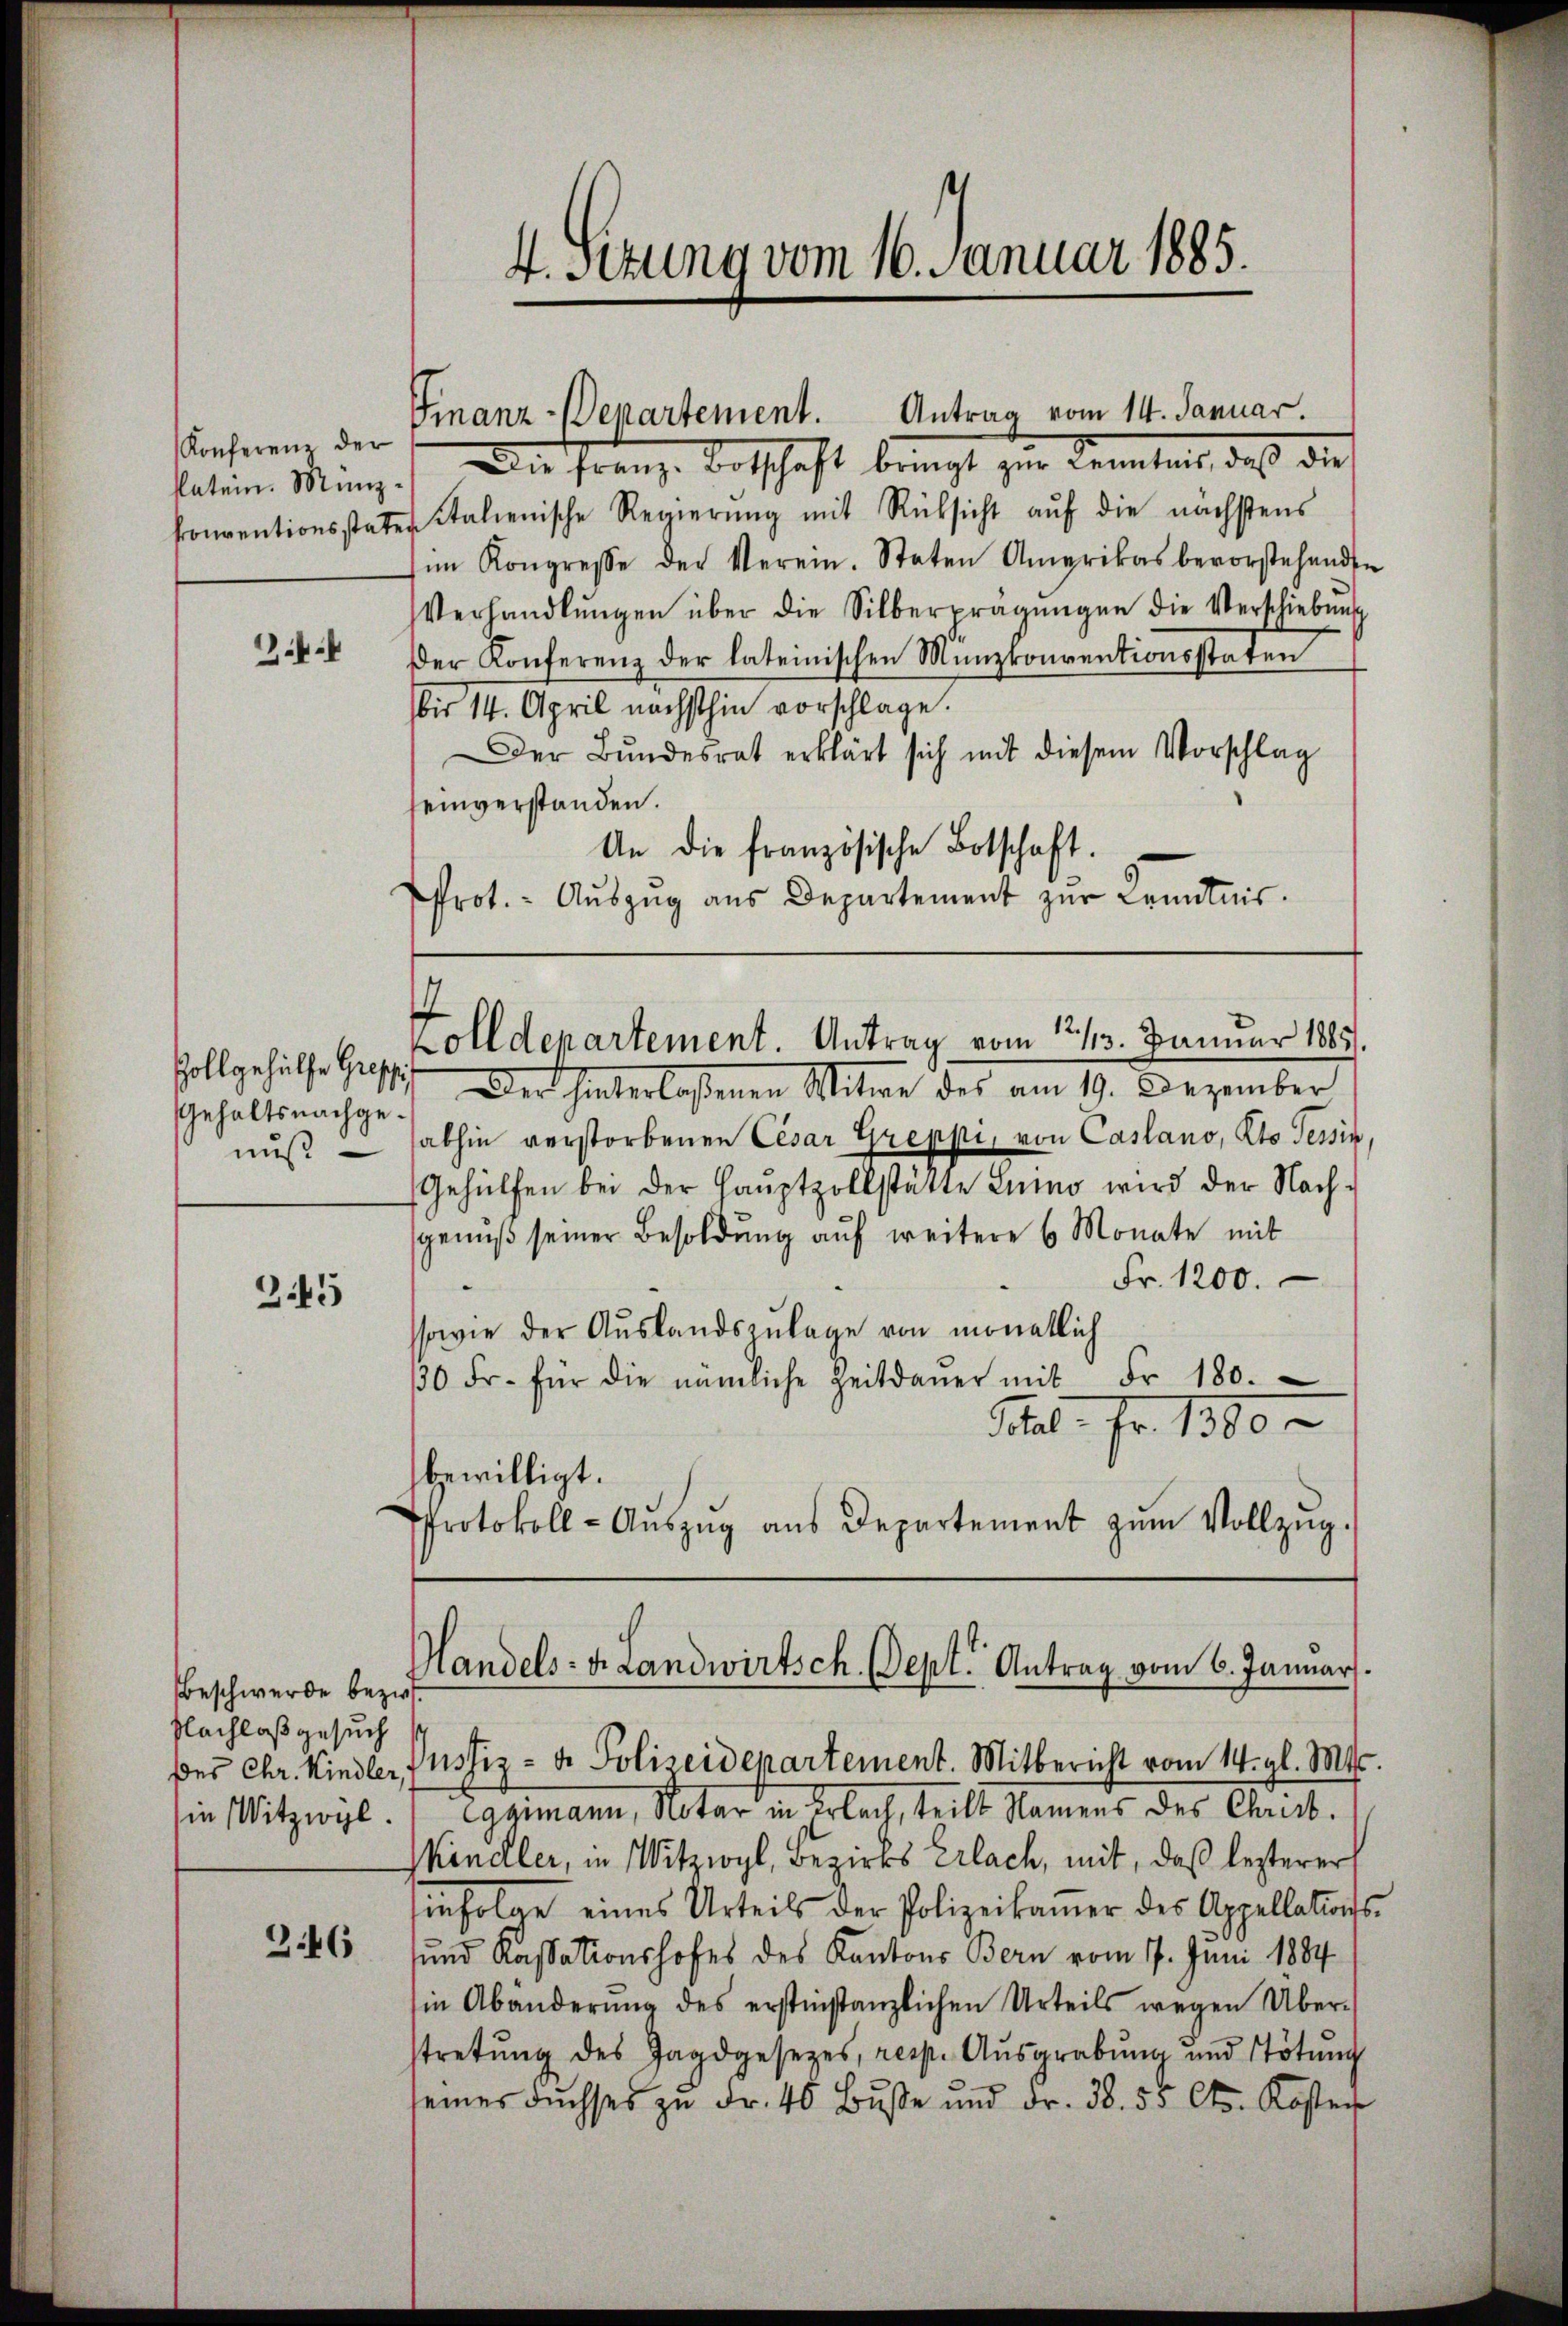
Konferenz der

2.4.

Zollgehülfe Gresp.
Gehaltsnachgenuß

245

Beschwerde bezirk
Flachlaß gesuch
des Chr. Kindler,
in Witzwyl.

346

4. Sitzung vom 16. Januar 1885.

Finanz-Departement. Antrag vom 14. Januar.

kation Ming. Die Franze Entschaft bringt zur Kenntnis, daß dies
Conventionsstates Italienische Regierŭng mit Rücksicht aŭf die nächstens
im Kongresse der Verein. Staten Amerikas bevorstehenden
Verhandlŭngen über die Silberpragŭngen die Verschiebŭng
Der Konferenz der lateinischen Münzkonventionsstaten
bis 14. April nächsthin vorschlage.
Der Bŭndesrat erklärt sich mit diesem Vorschlag
seinverstanden.
An die französische Botschaft.
Prot. - Aŭszŭg aŭs Departement zŭr Kenntnis.

olldepartement. Antrag vom 12./13. Januar 1885.

Der hinterlaßenen Witwe des am 19. Dezember
abhin verstorbenen Cesar Greppi, von Casano, Kts. Tessin,
Gehülfen bei der Hauptzollstätte Limo wird der Nach-
genuß seiner Besoldung auf weitere 6 Monate mit
Fr. 1200.
ssowie der Auslandszulage von monatlich
30 Fr. für die nämliche Zeitdaŭer mit Fr. 180.
Mal. Fr. 1380
bewilligt.
Protokoll- Aŭszŭg aŭs Departement zŭm Vollzŭg.

Handels-Brandwirtsch. Sept. Antrag vom 6. Januar.

Justiz- & Polizeidepartement. Mitbericht vom 14. gl. Mts.
ggmann, Notar in Erlach, teilt Namens des Christ.
kindler, in Witzwyl, Bezirks Erlach, mit, daß lezterer
infolge eines Urteils der Polizeikamer des Appellations-
sund Kassationshofes des Kantons Bern vom 17. Juni 1884
in Abänderŭng des erstinstanzlichen Urteils wegen Über-
stretung des Jagdgesetzes, resp. Ausgrabung und Tötung
seines Fŭchses zŭ Fr. 40 Bŭβe und Fr. 38. 55 Cts. Kosten